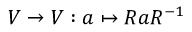
V \to V : a \mapsto R a R ^ { - 1 }